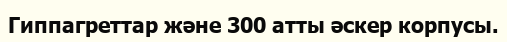
Гиппагреттар және 300 атты әскер корпусы.